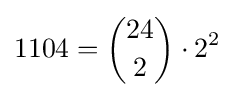
1104={\binom {24}{2}}\cdot 2^{2}